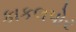
કાકલપોર